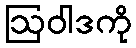
ဩဝါဒကို